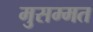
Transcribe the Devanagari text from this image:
मुसम्मत